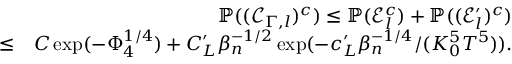
\begin{array} { r l r } & { } & { \mathbb { P } ( ( \mathscr { C } _ { \Gamma , l } ) ^ { c } ) \leq \mathbb { P } ( \mathscr { E } _ { l } ^ { c } ) + \mathbb { P } ( ( \mathscr { E } _ { l } ^ { \prime } ) ^ { c } ) } \\ & { \leq } & { C \exp ( - \Phi _ { 4 } ^ { 1 \slash 4 } ) + C _ { L } ^ { \prime } \beta _ { n } ^ { - 1 \slash 2 } \exp ( - c _ { L } ^ { \prime } \beta _ { n } ^ { - 1 \slash 4 } \slash ( K _ { 0 } ^ { 5 } T ^ { 5 } ) ) . } \end{array}